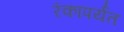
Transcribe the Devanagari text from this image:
रंकापर्यंत